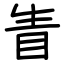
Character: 眚